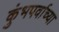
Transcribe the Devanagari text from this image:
कुंभपर्वाच्या